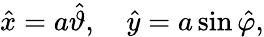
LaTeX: \hat{x}=a\hat{\vartheta},\quad\hat{y}=a\sin\hat{\varphi},